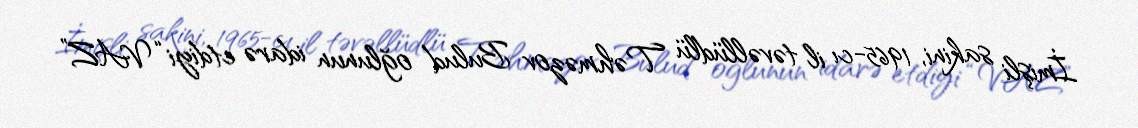
İmişli sakini, 1965-cı il təvəllüdlü Təhməzov Bulud oğlunun idarə etdiyi “VAZ”